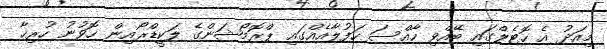
މިއަދު އެ ހޮޓެލްގައި ބޭއްވި ހާއްސަ ހަފުލާއެއްގައި ޕްރޮމޯޝަންގެ ލަކީޑްރޯއިން ހޮވުނު ހުރިހާ